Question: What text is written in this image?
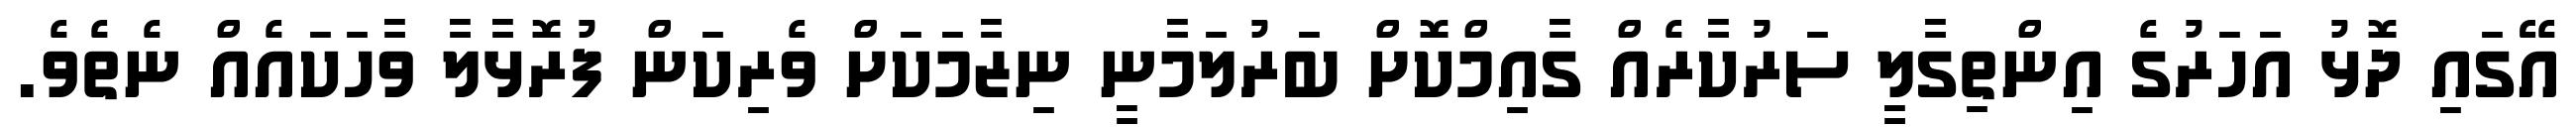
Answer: އޭގައި ދޮޅު އަހަރުގެ އިންތިގާލީ ސަރުކާރެއް ގާއިމްކޮށް ބަރުލަމާނީ ނިޒާމަކަށް ވެރިކަން ފުރޮޅާލާ ވާހަކައެއް ނެތެވެ.